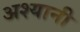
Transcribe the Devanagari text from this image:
अश्यानी